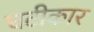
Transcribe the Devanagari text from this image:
घटीकार